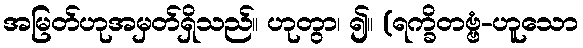
အမြတ်ဟုအမှတ်ရှိသည်။ ဟုတွာ၊ ၍။ (ရက္ခိတဗ္ဗံ-ဟူသော